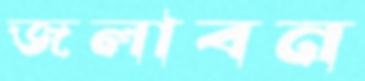
জলাবন